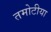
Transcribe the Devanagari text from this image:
तमोटीया